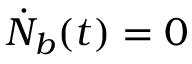
\dot { N } _ { b } ( t ) = 0